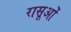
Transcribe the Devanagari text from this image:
रासूओं